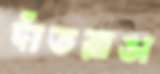
দাঁতরাঙা